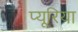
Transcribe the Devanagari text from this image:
प्यूरिया